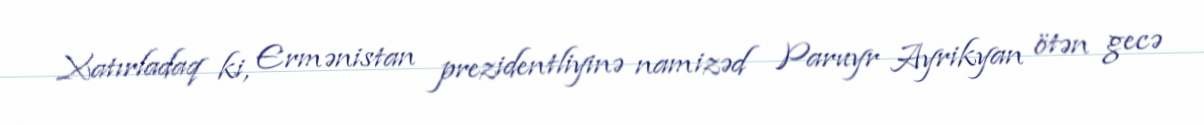
Xatırladaq ki, Ermənistan prezidentliyinə namizəd Paruyr Ayrikyan ötən gecə